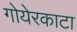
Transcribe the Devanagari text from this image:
गोयेरकाटा